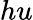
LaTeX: hu